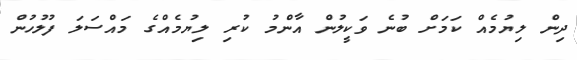
ދިން ލިޔުމެއް ކަމަށް ބުނެ ވަކީލުން އާންމު ކުރި ލިޔުމެއްގެ މައްސަލަ ފުލުހުން